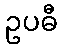
ဥပဓီ